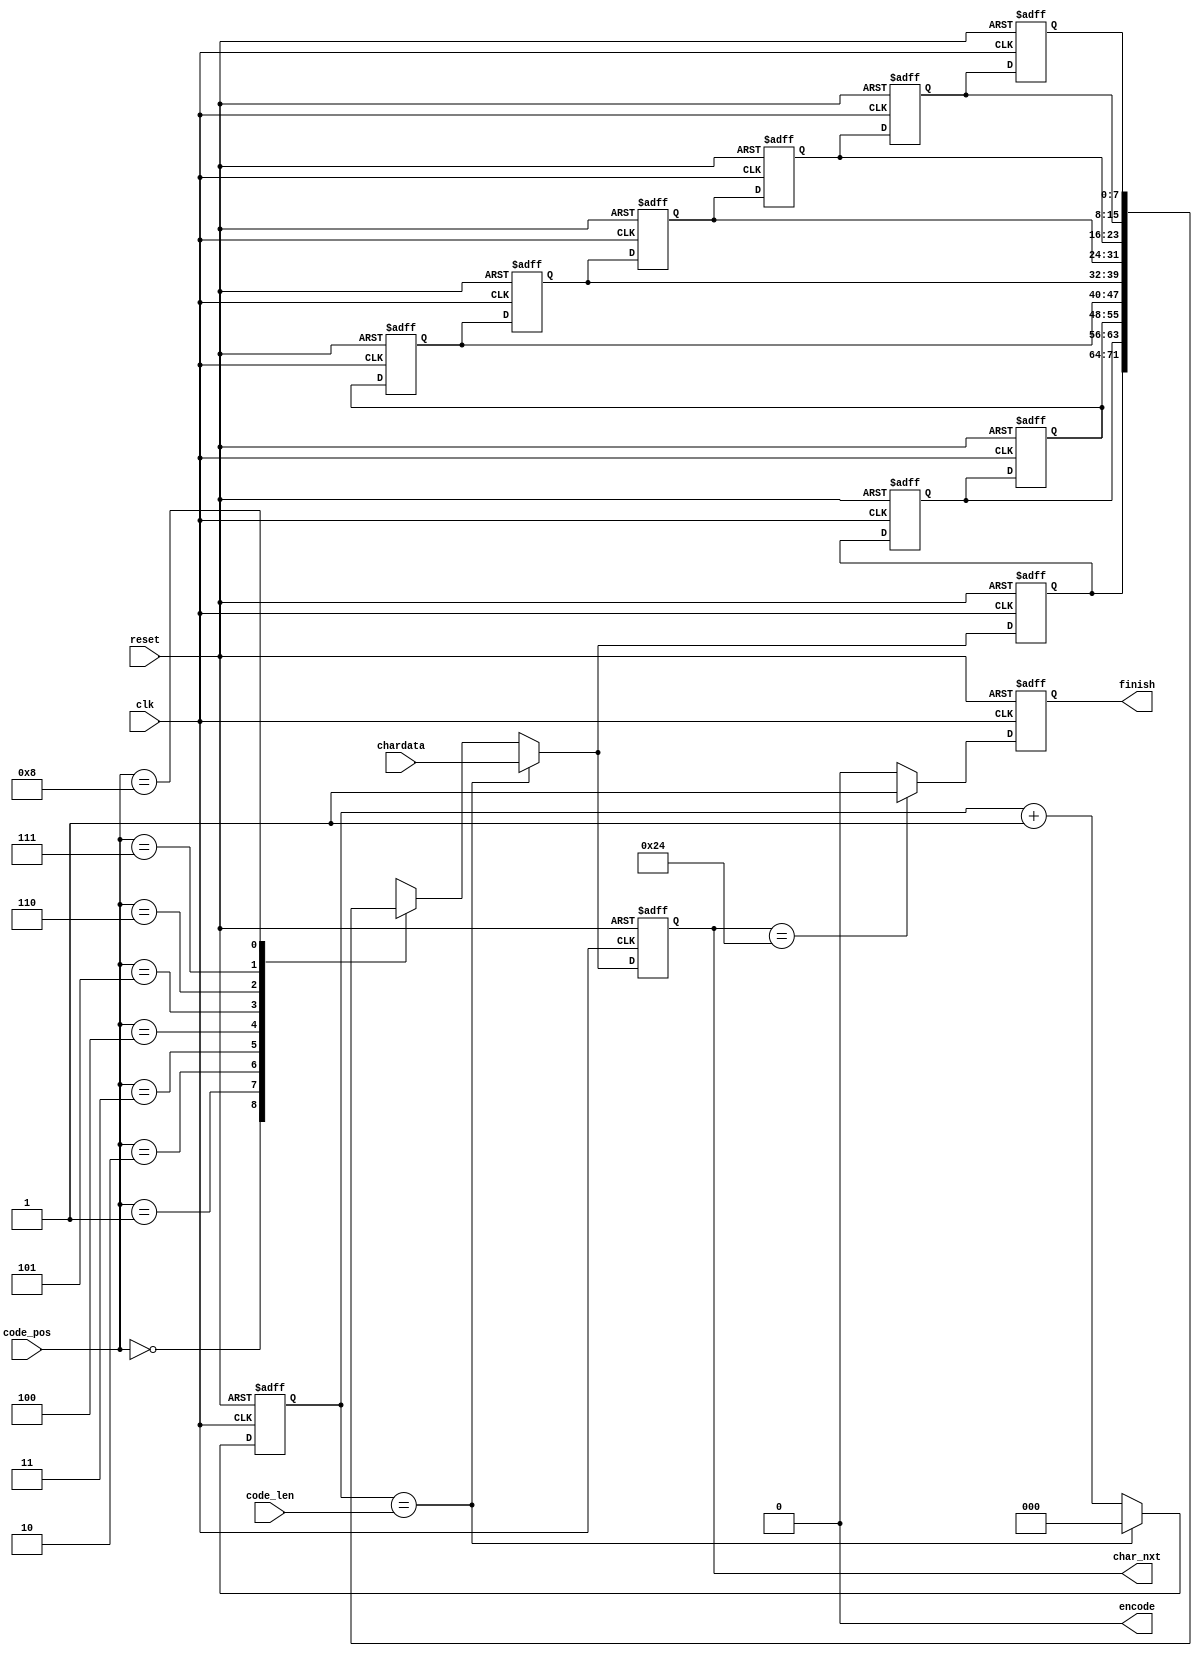
/* Author: rubato Wun
===== Synthesis Result =====
Total logic elements:               83 / 68,416 ( < 1 % )
    Total combinational functions:  52 / 68,416 ( < 1 % )
    Dedicated logic registers:      76 / 68,416 ( < 1 % )
Total registers:                    76
Total memory bits:                  0 / 1,152,000 ( 0 % )
Embedded Multiplier 9-bit elements: 0 / 300 ( 0 % )
===== Functional Simulation =====
status: pass
61,620 ns
===== Gate-level Simulation =====
status: pass
===== Scoring =====
Scoring = Total logic elements + total memory bit + 9*embedded multiplier 9-bit element
Scoring = 83
*/
module LZ77_Decoder(clk,reset,code_pos,code_len,chardata,encode,finish,char_nxt);
input 				clk;
input 				reset;
input 		[3:0] 	code_pos;
input 		[2:0] 	code_len;
input 		[7:0] 	chardata;
output   			encode;
output reg			finish;
output reg	[7:0] 	char_nxt;

assign encode = 0;

parameter Wsearch = 9;	// Search buffer	=>  9 chars
parameter Wchar   = 8;	// char  			=>  8 bits
parameter [Wchar-1:0]	EndSgn = 8'h24; // Dollar sign: '$' 

reg 		[Wchar-1:0]		srch_buf  [Wsearch-1:0];
reg 		[2:0]   		cnt;	// 0-7: 2 bits
integer i;

// Datapath: Decoder
always @(posedge clk or posedge reset) begin
	// CONTROL SIGNAL & OUTPUT should be triggered at the posedge !!!
	// so that the golden pattern will be checked 
	// while the OUTPUT update at the posedge.
	if (reset) begin
		for (i=0; i < Wsearch; i = i + 32'd1)
			srch_buf[i] <= 0;
		cnt <= 0;
		finish   <= 0;
		char_nxt <= 0;
	end
	else begin
		// Shift left
		for(i=0; i < Wsearch-1; i = i + 32'd1)
			srch_buf[i + 1] <= srch_buf[i];
		cnt         <= cnt == code_len ? 3'd0 : cnt + 3'd1;
		srch_buf[0] <= cnt == code_len ? chardata : srch_buf[code_pos];
		char_nxt    <= cnt == code_len ? chardata : srch_buf[code_pos];
		finish      <= char_nxt == EndSgn ? 1'b1 : 1'b0;
	end
end
endmodule